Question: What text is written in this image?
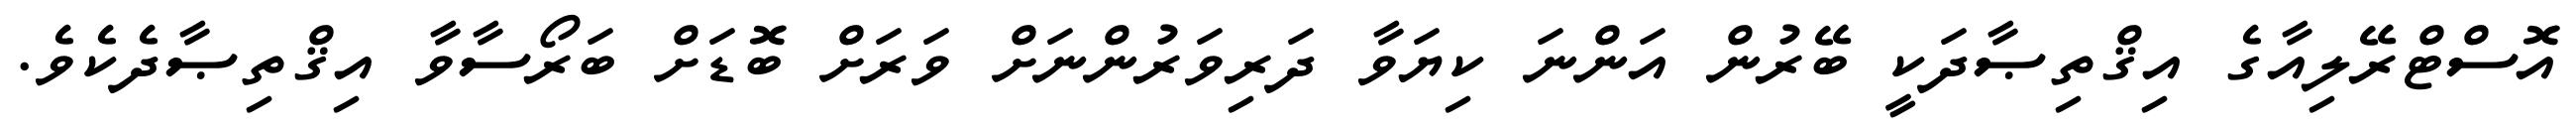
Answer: އޮސްޓްރޭލިއާގެ އިޤްތިޞާދަކީ ބޭރުން އަންނަ ކިޔަވާ ދަރިވަރުންނަށް ވަރަށް ބޮޑަށް ބަރޯސާވާ އިޤްތިޞާދެކެވެ.